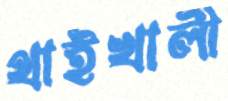
থাইখালী